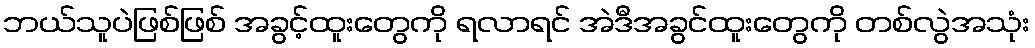
ဘယ်သူပဲဖြစ်ဖြစ် အခွင့်ထူးတွေကို ရလာရင် အဲဒီအခွင်ထူးတွေကို တစ်လွဲအသုံး